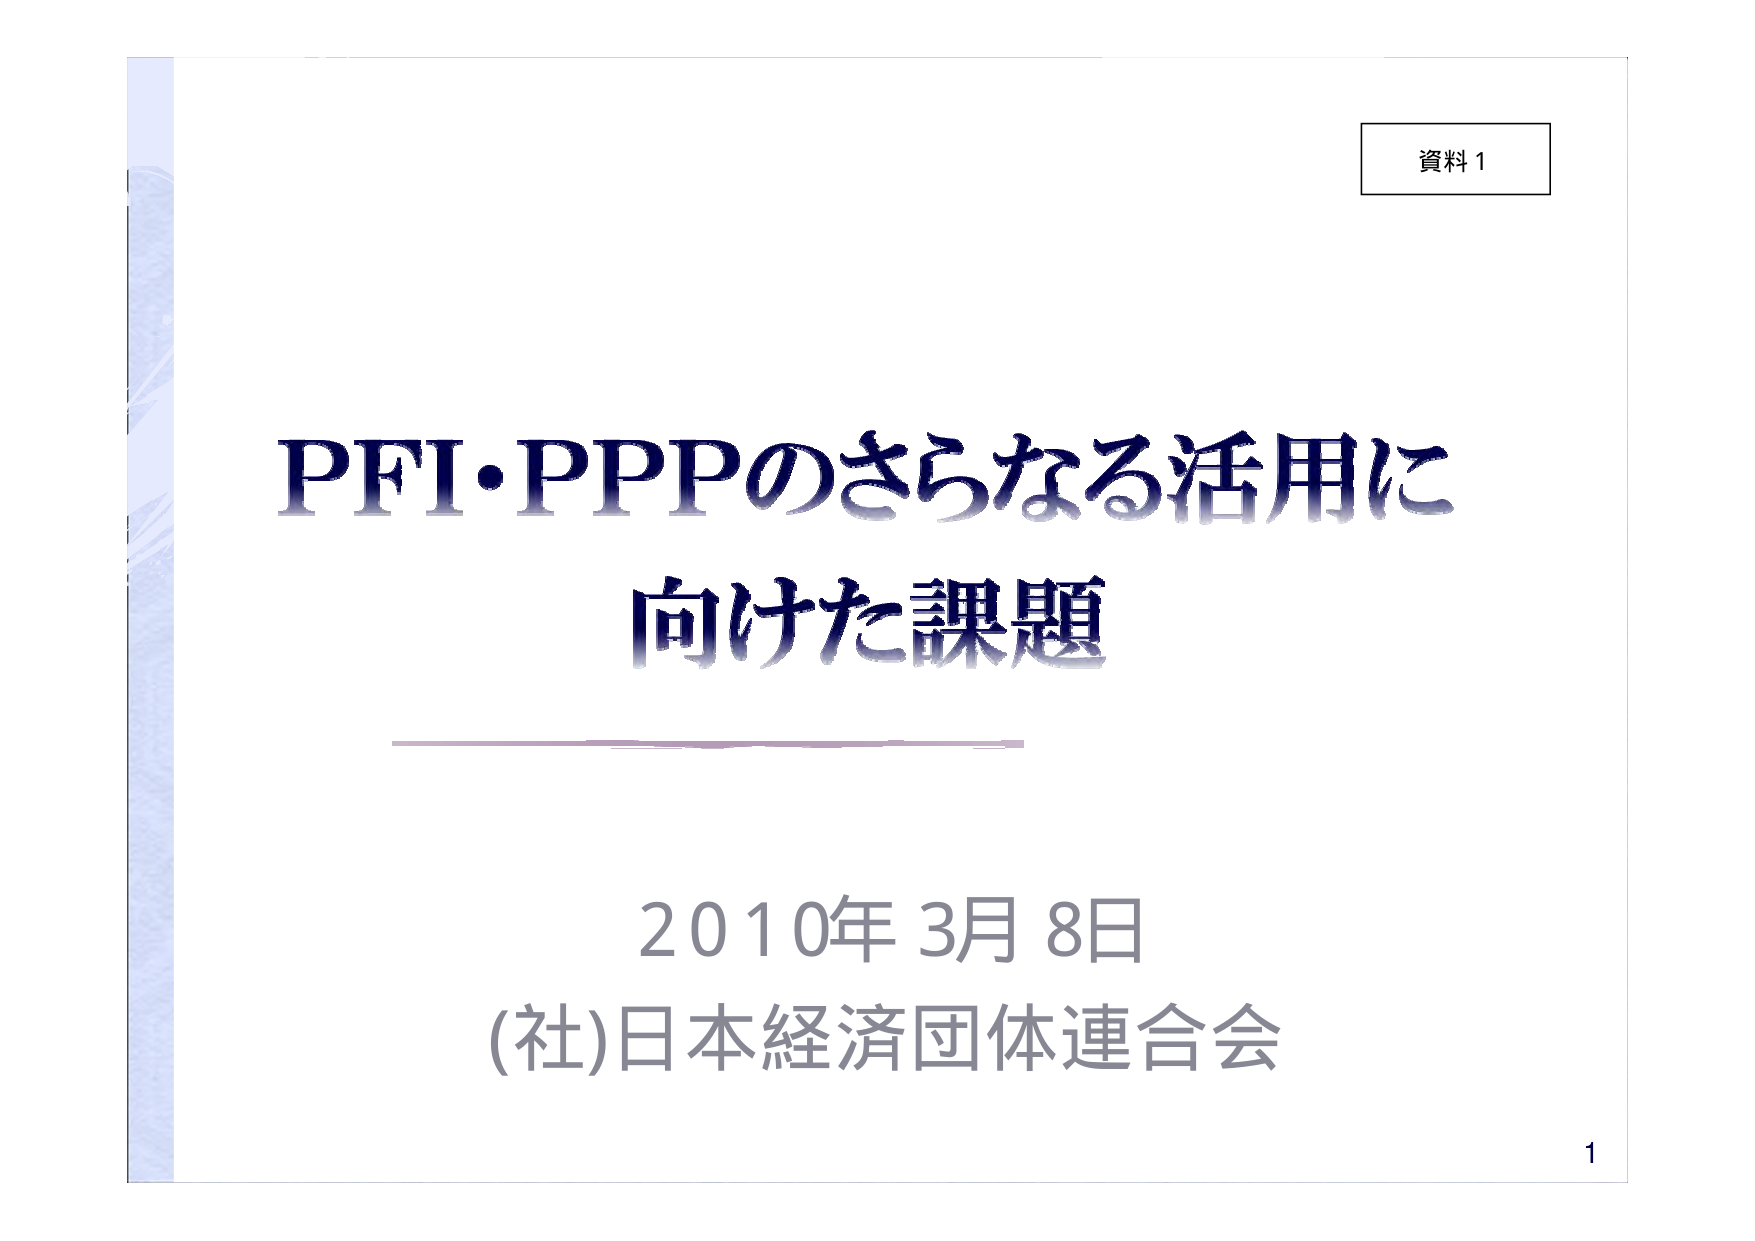
資料1

PFI・PPPのさらなる活用に
向けた課題

2010年3月8日
(社)日本経済団体連合会

1